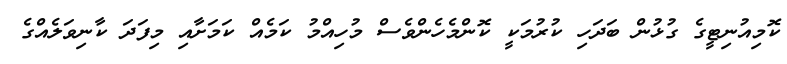
ކޮމިއުނިޓީގެ ގުޅުން ބަދަހި ކުރުމަކީ ކޮންމެހެންވެސް މުހިއްމު ކަމެއް ކަމަށާއި މިފަދަ ކާނިވަލެއްގެ